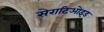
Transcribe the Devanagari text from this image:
सेराटिओइड